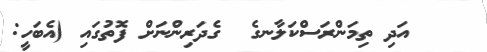
އަދި ތިމަންރަސްކަލާނގެ  ގެދަރިންނަށް ފޮތުގައި (އެބަހީ: